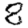
Digit: 8